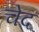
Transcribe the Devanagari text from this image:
चेद